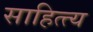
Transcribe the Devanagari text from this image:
साहित्त्य